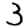
Digit: 3